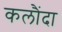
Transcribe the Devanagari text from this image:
कलौंदा